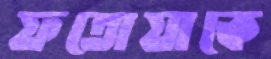
ফতোয়াকে